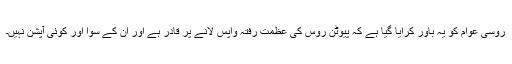
روسی عوام کو یہ باور کرایا گیا ہے کہ پیوٹن روس کی عظمت رفتہ واپس لانے پر قادر ہے اور ان کے سوا اور کوئی آپشن نہیں۔